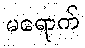
မရောက်